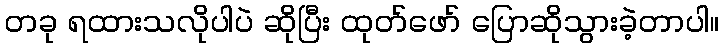
တခု ရထားသလိုပါပဲ ဆိုပြီး ထုတ်ဖော် ပြောဆိုသွားခဲ့တာပါ။